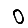
Digit: 0